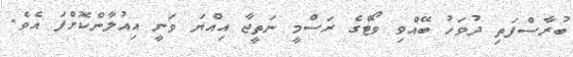
ބުރާސްފަތި ދުވަހު ބޭއްވި ވޯޓްގެ ރަސްމީ ނަތީޖާ އިއްޔަ ވަނީ އިއުލާންކޮށްފަ އެވެ.